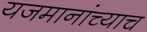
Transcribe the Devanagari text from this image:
यजमानांच्याच